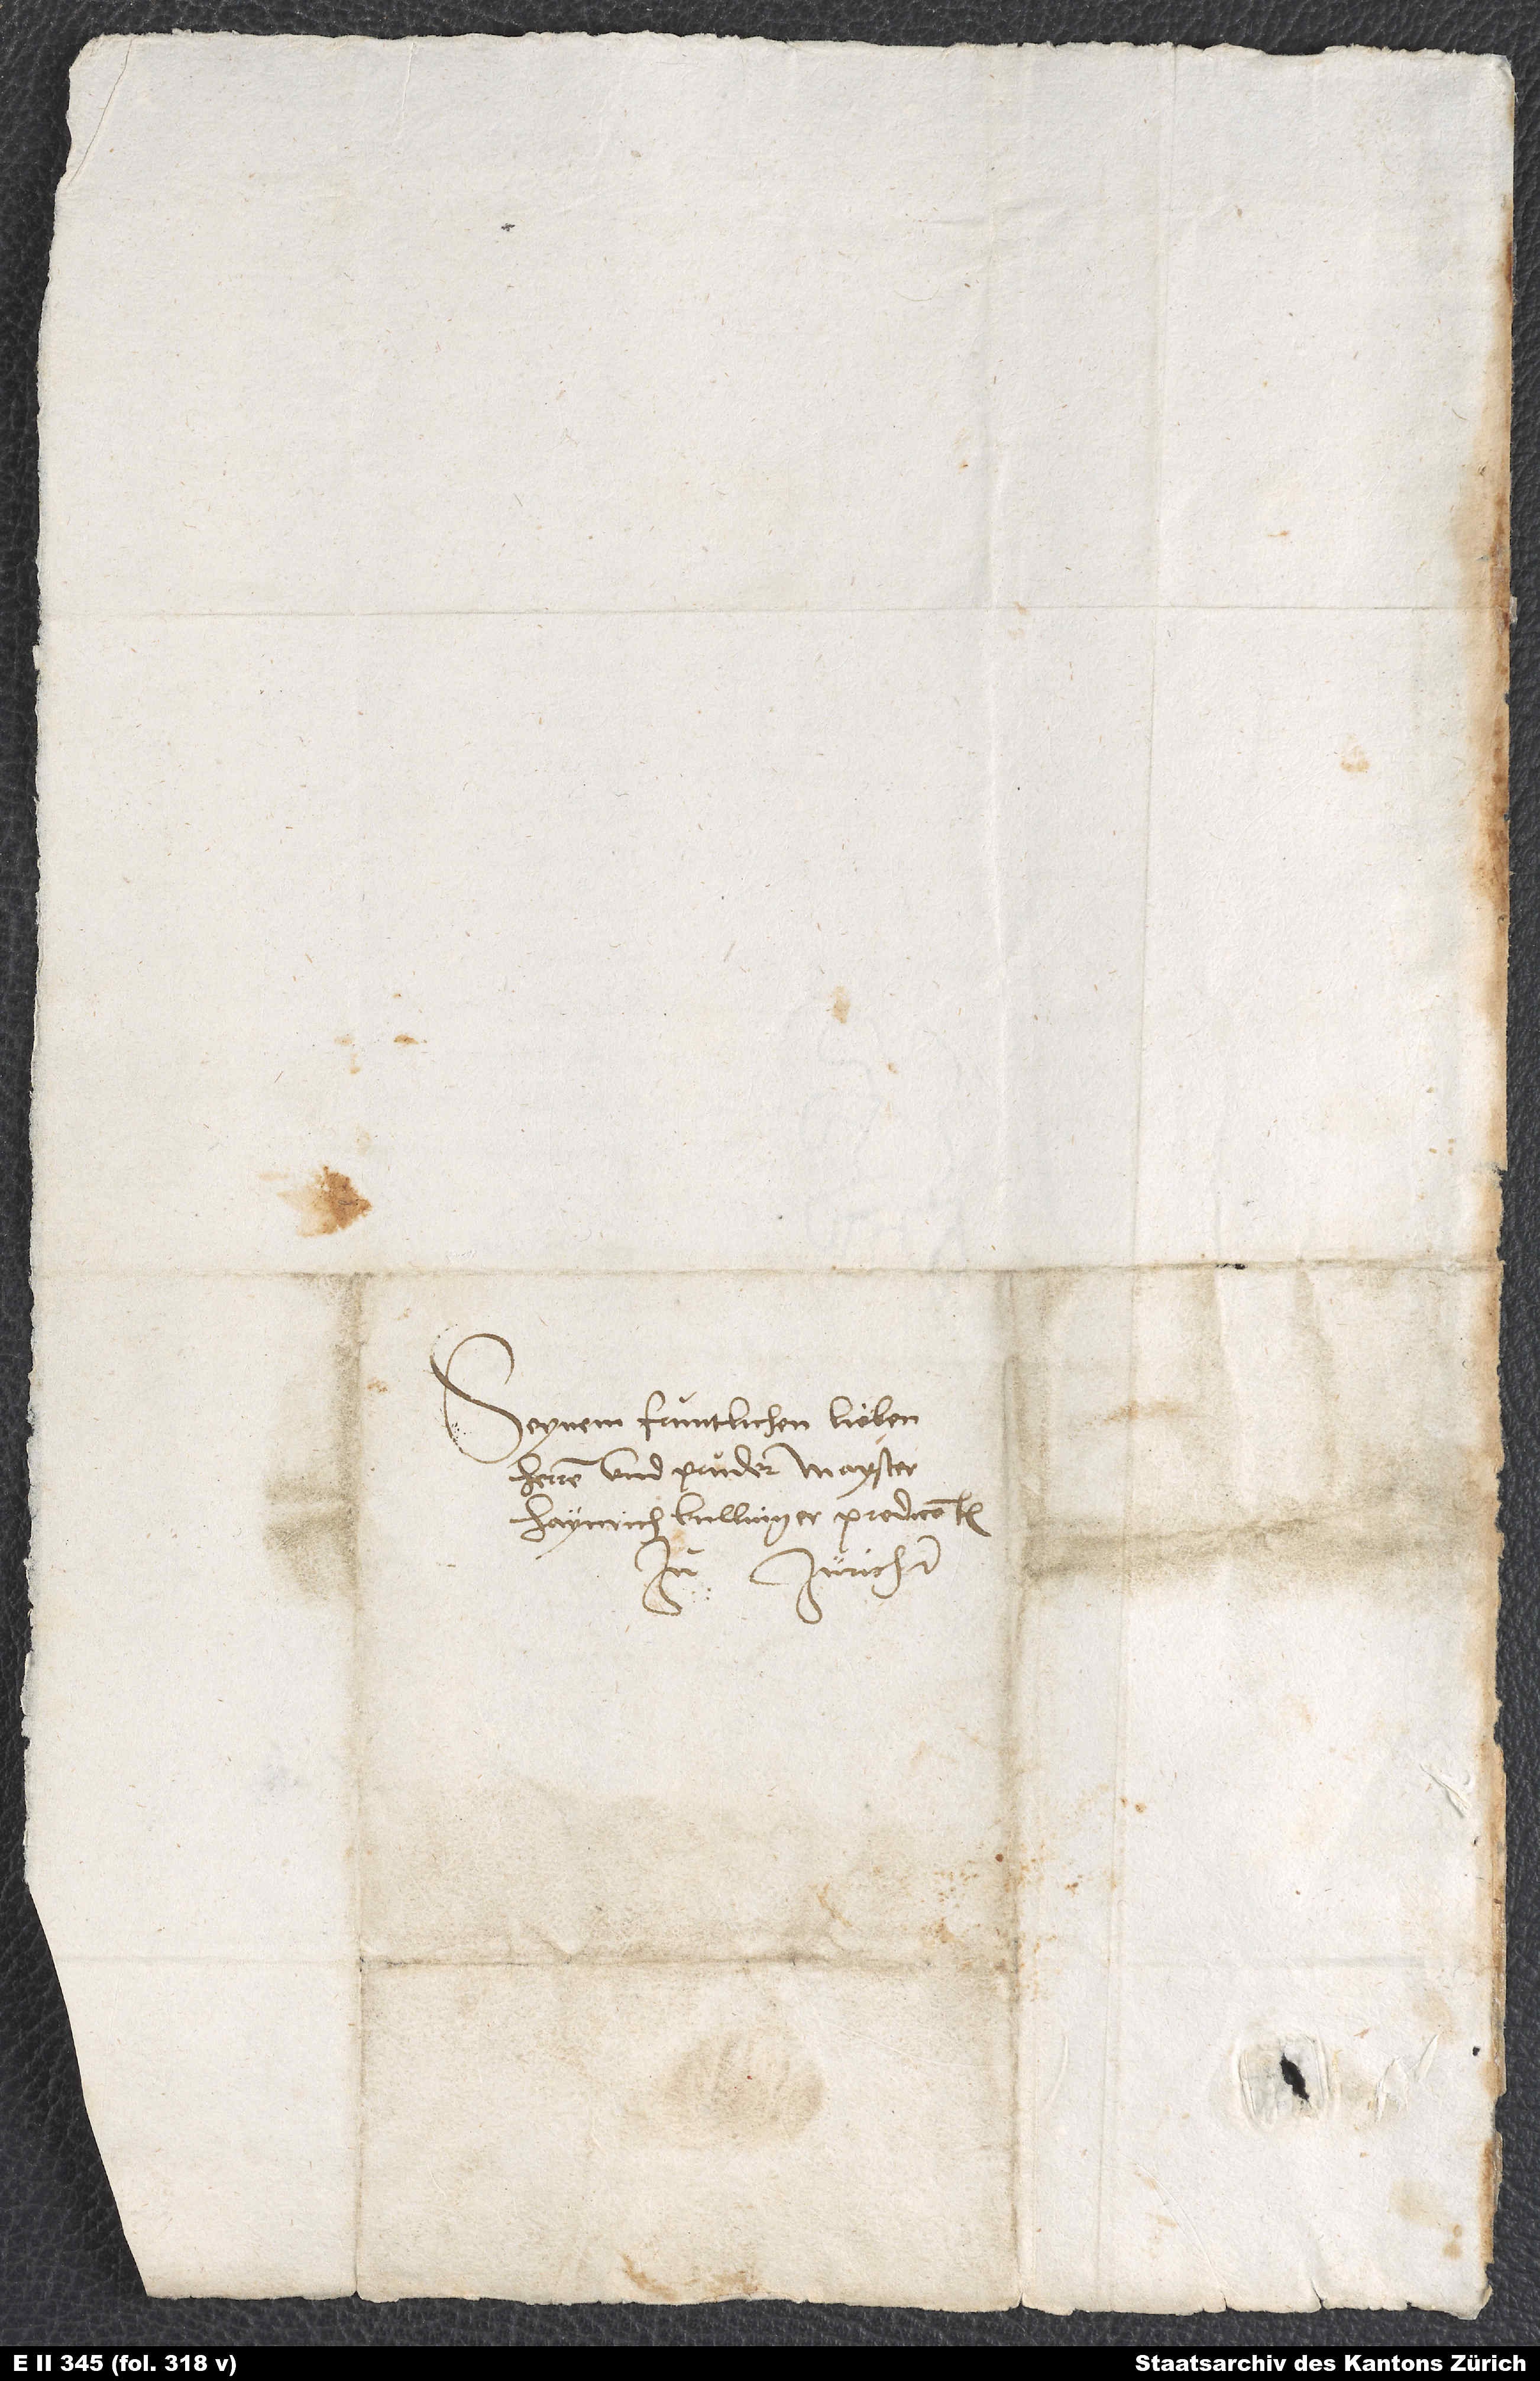
Seynem fruntlichen, lieben
herren und pruder Mayster
Haynrich Bullinger, predicanten
Zürich.